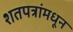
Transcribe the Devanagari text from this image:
शतपत्रांमधून